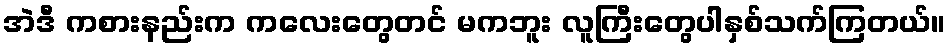
အဲဒီ ကစားနည်းက ကလေးတွေတင် မကဘူး လူကြီးတွေပါနှစ်သက်ကြတယ်။